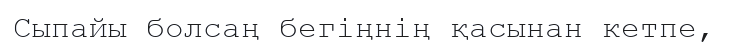
Сыпайы болсаң бегіңнің қасынан кетпе,